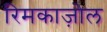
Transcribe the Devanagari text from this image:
रिमकाज़ोल